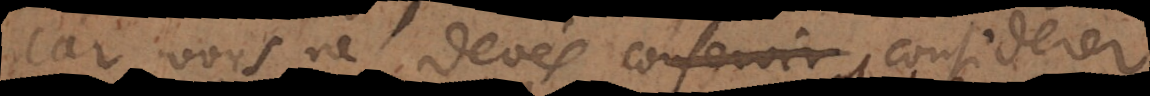
ous ne devés conserver considerer